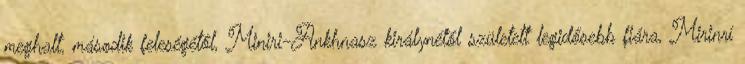
meghalt, második feleségétől, Miniri-Ankhnasz királynétől született legidősebb fiára, Mirinrí